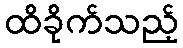
ထိခိုက်သည့်